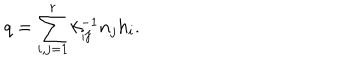
q = \sum _ { i , j = 1 } ^ { r } k _ { i j } ^ { - 1 } n _ { j } h _ { i } .